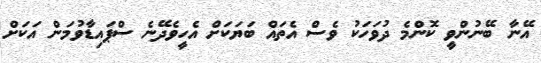
އޭނާ ބޭނުންވީ ކޮންމެ ދުވަހަކު ވެސް އެތައް ބަޔަކަށް އެހީވެދޭނެ ސްޕައިޑާވުމަން އަކަށް